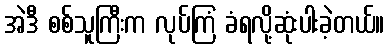
အဲဒီ စစ်သူကြီးက လုပ်ကြံ ခံရလို့ဆုံးပါးခဲ့တယ်။